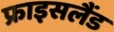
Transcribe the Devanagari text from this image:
फ्राइसलैंड